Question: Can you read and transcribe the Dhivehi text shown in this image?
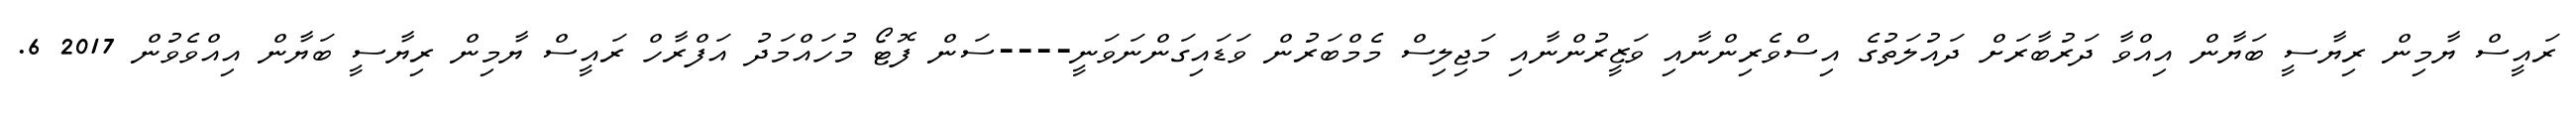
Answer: ރައީސް ޔާމިން ރިޔާސީ ބަޔާން އިއްވާ ދަރުބާރަށް ދައުލަތުގެ އިސްވެރިންނާއި ވަޒީރުންނާއި މަޖިލިސް މެމްބަރުން ވަޑައިގަންނަވަނީ----ސަން ފޮޓޯ މުހައްމަދު އަފްރާހް ރައީސް ޔާމިން ރިޔާސީ ބަޔާން އިއްވެވުން 2017 6.